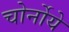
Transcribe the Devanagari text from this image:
चोर्नोये